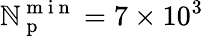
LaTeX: \mathbb{N}_{\mathrm{{~p~}}}^{\mathrm{{~m~i~n~}}}=7\times10^{3}